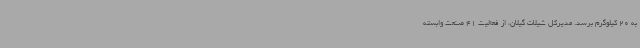
به 20 کیلوگرم برسد. مدیرکل شیلات گیلان، از فعالیت 41 صنعت وابسته